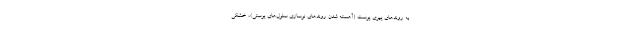
به روندهای پیری پوست (آهسته شدن روندهای نوسازی سلول‌های پوستی)، خشکی